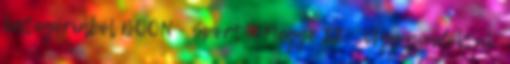
kategóriából BOON - Sport - Megye II. „Úgy gondoltuk,